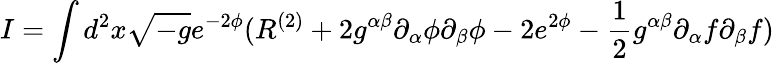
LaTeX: I=\int d^{2}x\sqrt{-g}e^{-2\phi}(R^{(2)}+2g^{\alpha\beta}\partial_{\alpha}\phi\partial_{\beta}\phi-2e^{2\phi}-\frac{1}{2}g^{\alpha\beta}\partial_{\alpha}f\partial_{\beta}f)